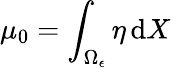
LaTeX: \mu_{0}=\int_{\Omega_{\epsilon}}\eta\, \mathrm{d}X